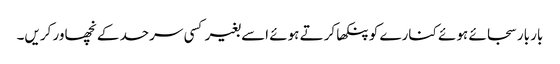
بار بار سجائے ہوئے کنارے کو پنکھا کرتے ہوئے اسے بغیر کسی سرحد کے نچھاور کریں۔